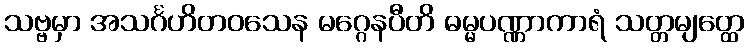
သဗ္ဗမှာ အသင်္ဂဟိတဝသေန မဂ္ဂေနပီတိ ဓမ္မပဏ္ဏာကာရံ သတ္တမျတ္ထေ